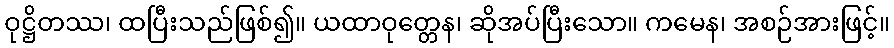
ဝုဋ္ဌိတဿ၊ ထပြီးသည်ဖြစ်၍။ ယထာဝုတ္တေန၊ ဆိုအပ်ပြီးသော။ ကမေန၊ အစဉ်အားဖြင့်။